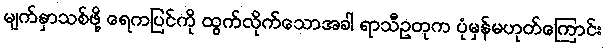
မျက်နှာသစ်ဖို့ ရေကပြင်ကို ထွက်လိုက်သောအခါ ရာသီဥတုက ပုံမှန်မဟုတ်ကြောင်း